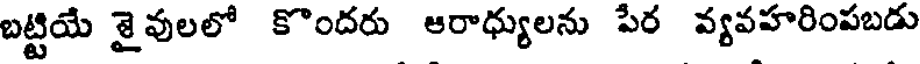
బట్టియే శైవులలో కొందరు ఆరాధ్యులను పేర వ్యవహరింపబడు